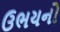
ઉભયનો